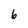
Character: 6